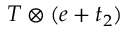
T \otimes ( e + t _ { 2 } )